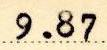
9.87